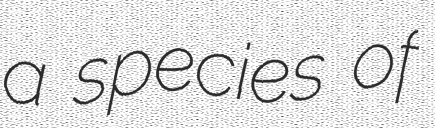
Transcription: a species of